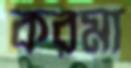
করমা